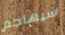
سيهاجم